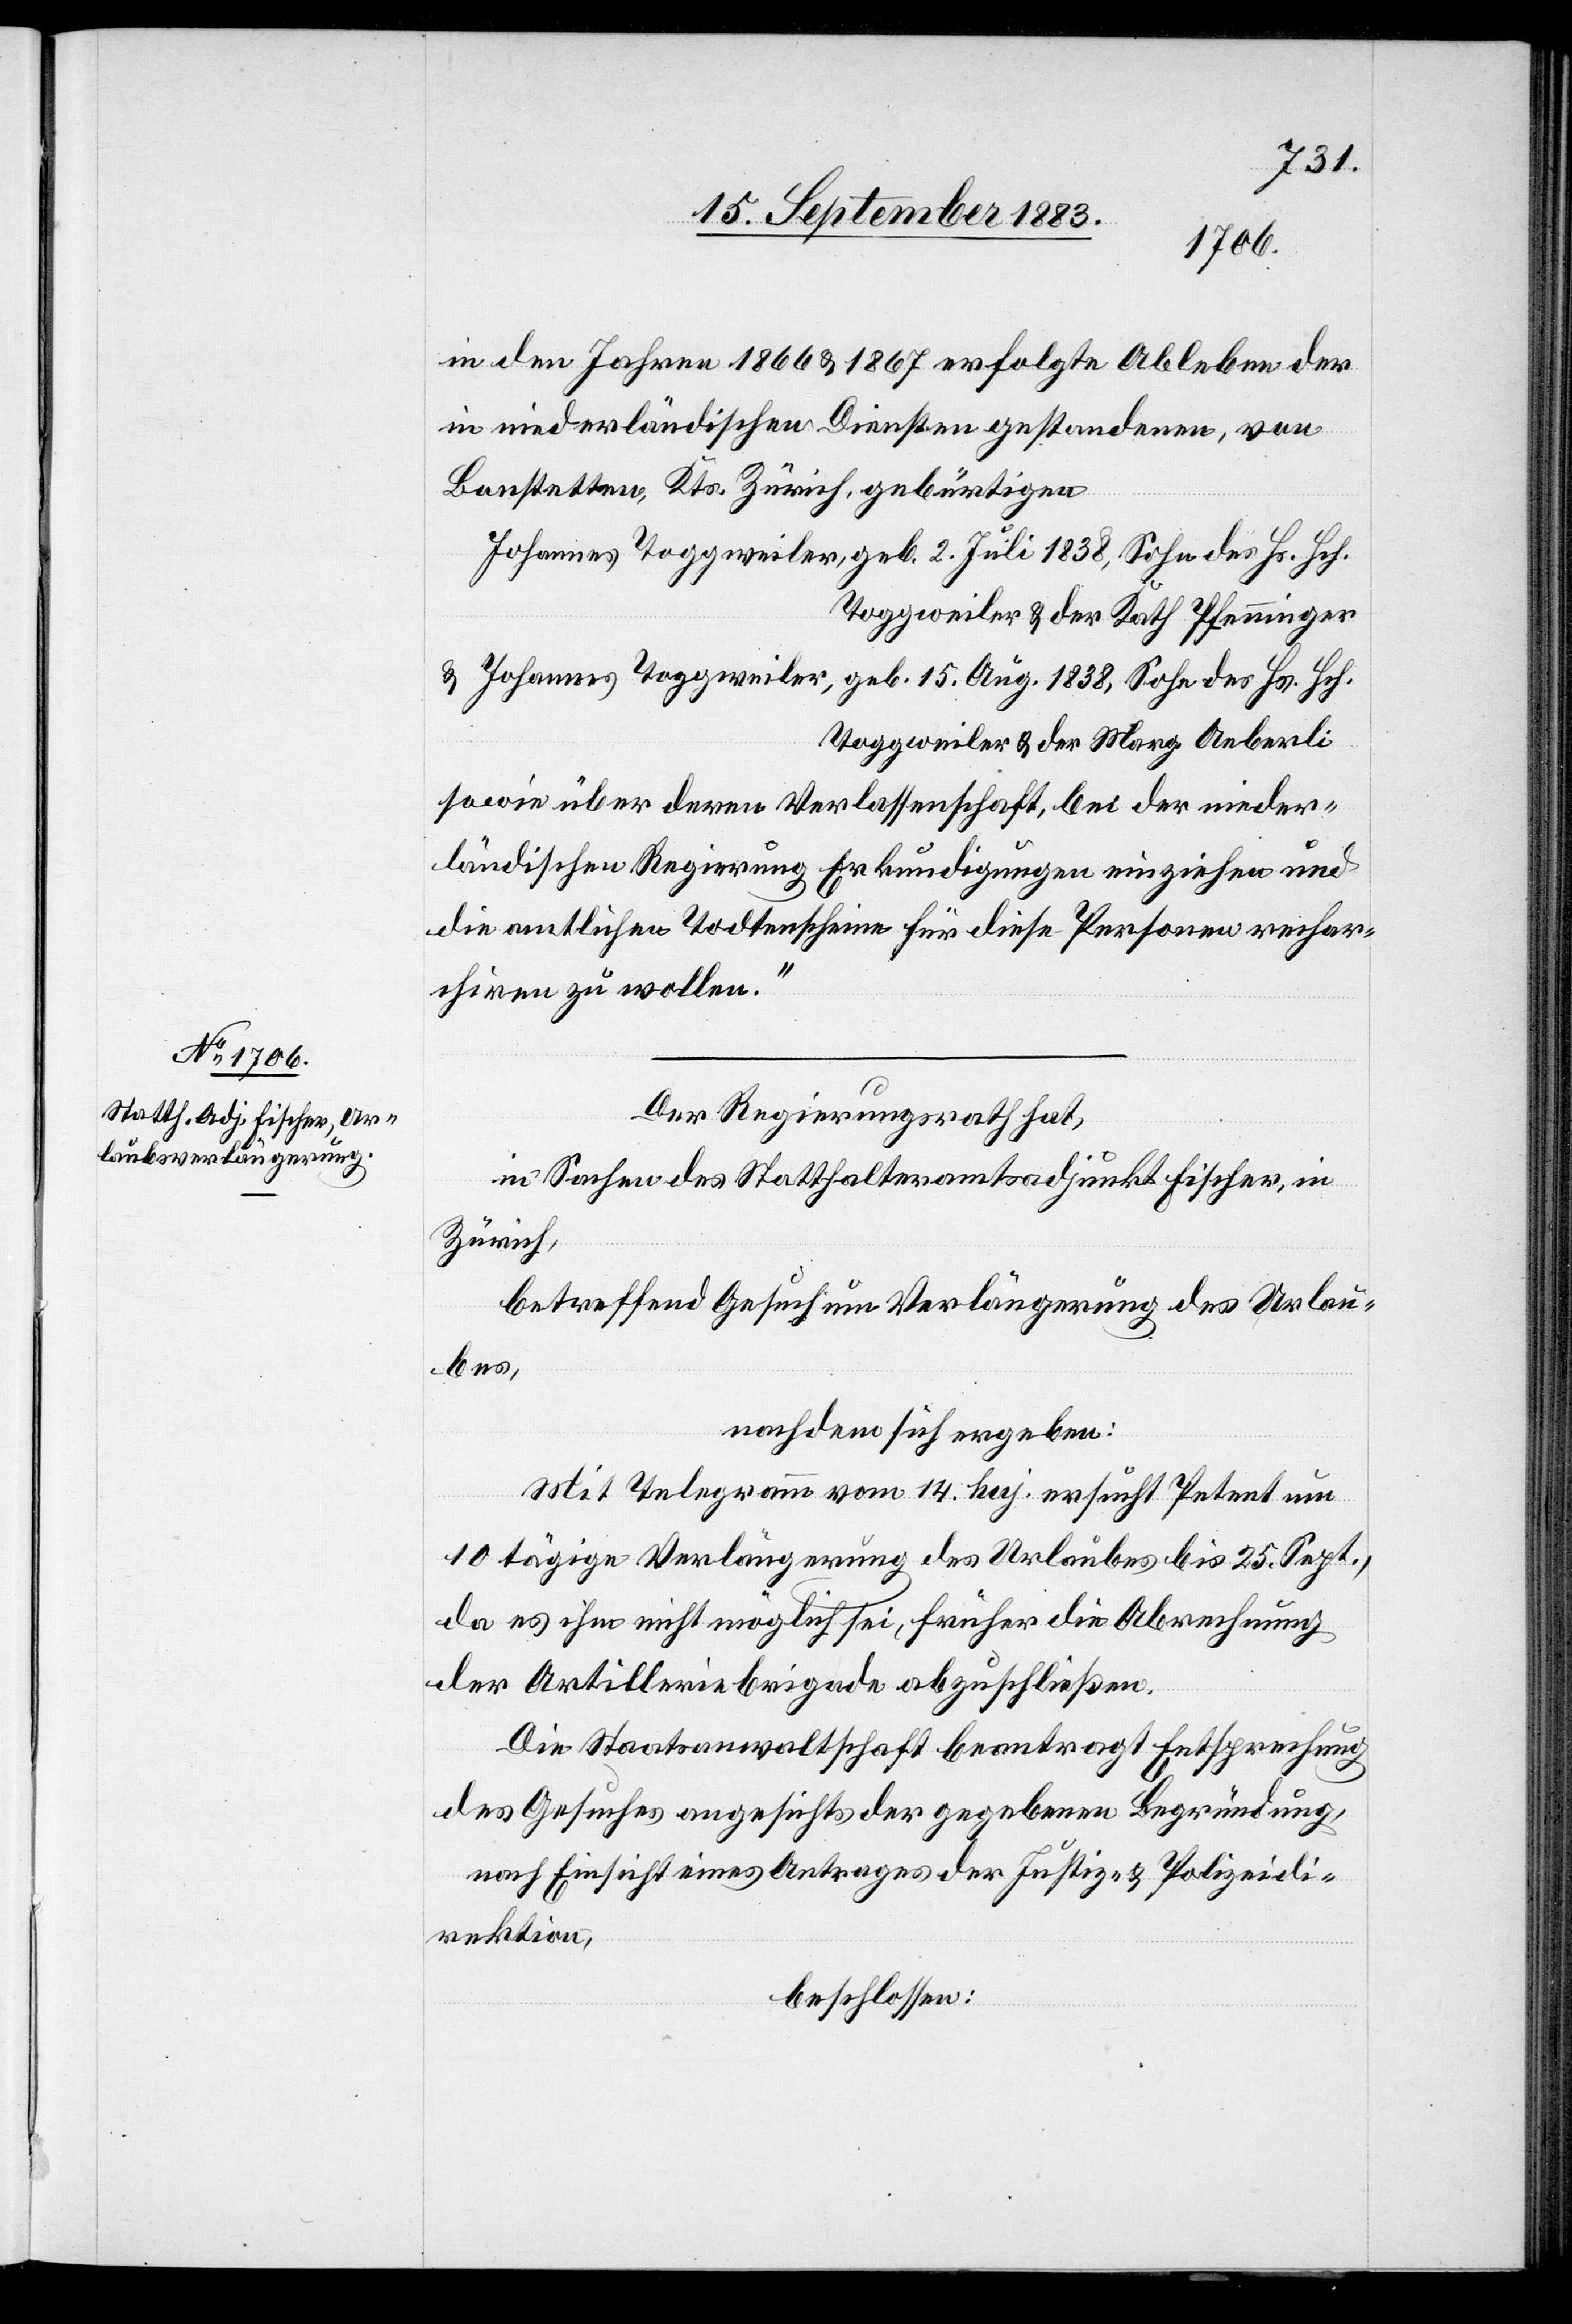
in den Jahren 1866 & 1867 erfolgte Ableben der
in niederländischen Diensten gestandenen, von
Bonstetten, Kts. Zürich, gebürtigen
Johannes Toggenweiler, geb. 2. Juli 1838, Sohn des Hs. Hch.
Toggenweiler & der Kath. Pfenninger
& Johannes Toggenweiler, geb. 15. Aug. 1838, Sohn des Hr. Hch.
Toggenweiler & der Marg. Aeberli
sowie über deren Verlassenschaft, bei der nieder¬
ländischen Regierung Erkundigungen einziehen und
die amtlichen Todtenscheine für diese Personen rechar¬
chiren zu wollen.“
Der Regierungsrath hat,
in Sachen des Statthalteramtsadjunkt Fischer, in
Zürich,
betreffend Gesuch um Verlängerung des Urlau¬
bes,
nachdem sich ergeben:
Mit Telegramm vom 14. huj. ersucht Petent um
10tägige Verlängerung des Urlaubes bis 25. Sept.,
da es ihm nicht möglich sei, früher die Abrechnung
der Artilleriebrigade abzuschließen.
Die Staatsanwaltschaft beantragt Entsprechung
des Gesuches angesichts der gegebenen Begründung,
nach Einsicht eines Antrages der Justiz- & Polizeidi¬
rektion,
beschlossen: